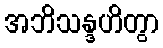
အဘိသန္ဒဟိတွာ